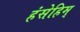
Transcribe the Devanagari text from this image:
हंसेहिम्‌